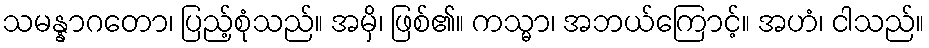
သမန္နာဂတော၊ ပြည့်စုံသည်။ အမှိ၊ ဖြစ်၏။ ကသ္မာ၊ အဘယ်ကြောင့်။ အဟံ၊ ငါသည်။